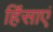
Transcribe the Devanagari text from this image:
हिंसाएं